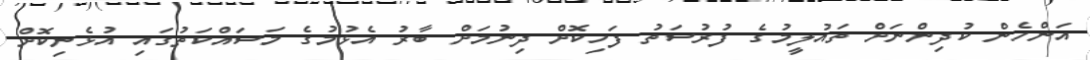
އަންހެން ކުދިންނަށް ތައުލީމުގެ ފުރުސަތު ފަހިކޮށް ދިނުމަށް ބާރު އެޅުމުގެ މަސައްކަތުގައި އުޅެނިކޮށް